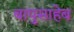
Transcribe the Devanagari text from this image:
बापुसाहेब